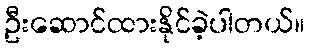
ဦးဆောင်ထားနိုင်ခဲ့ပါတယ်။